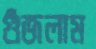
গুঁজলাম